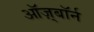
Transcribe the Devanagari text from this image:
ऑज़्बॉर्न